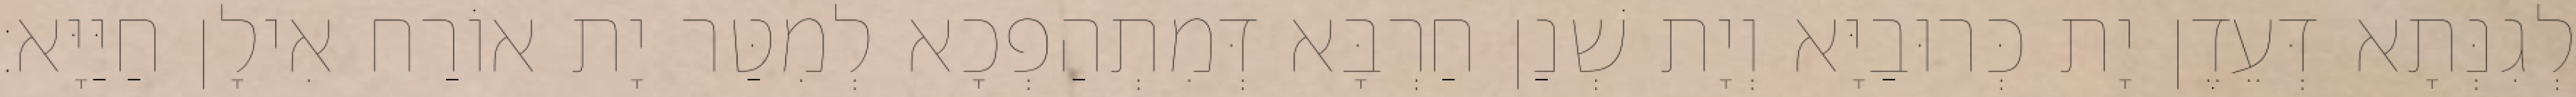
לְגִנְּתָא דְּעֵדֶן יָת כְּרוּבַיָּא וְיָת שְׁנַן חַרְבָּא דְּמִתְהַפְכָא לְמִטַּר יָת אוֹרַח אִילָן חַיַּיָּא׃